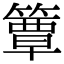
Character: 簟